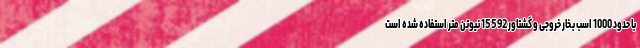
با حدود 1000 اسب بخار خروجی و گشتاور 15592 نیوتن متر استفاده شده است